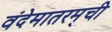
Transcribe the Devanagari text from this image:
वंदेमातरम्‌ची